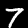
Label: 7